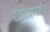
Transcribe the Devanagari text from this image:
छळछावण्यातील